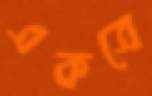
একত্রে